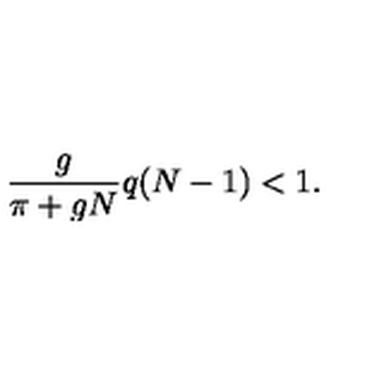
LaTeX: \frac { g } { \pi + g N } q ( N - 1 ) < 1 .